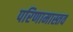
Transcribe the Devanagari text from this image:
परिणामास्तव